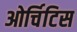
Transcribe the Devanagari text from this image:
ओर्चिटिस